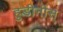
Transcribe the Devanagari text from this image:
हुडीनीस्